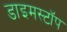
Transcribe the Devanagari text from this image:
डाइमस्टॉप